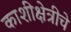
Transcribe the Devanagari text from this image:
काशीक्षेत्रीचे